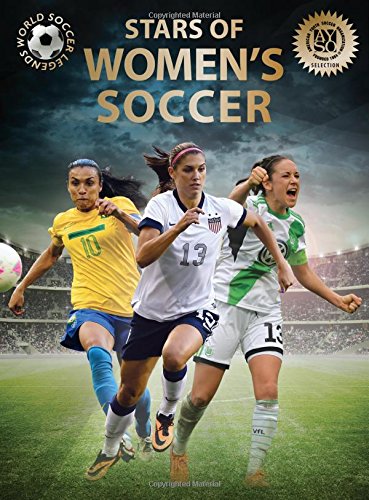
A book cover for Stars of Women's Soccer (World Soccer Legends); Illugi JÃ¶kulsson; Children's Books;